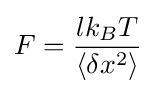
F={\frac {lk_{B}T}{\langle \delta x^{2}\rangle }}